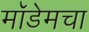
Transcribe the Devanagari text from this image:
मॉडेमचा